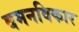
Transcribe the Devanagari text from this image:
वमनविकार